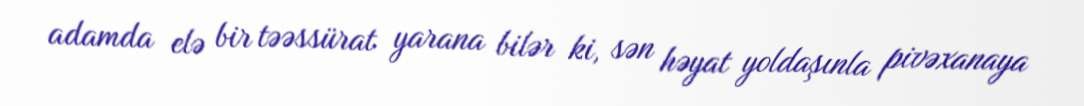
adamda elə bir təəssürat yarana bilər ki, sən həyat yoldaşınla pivəxanaya